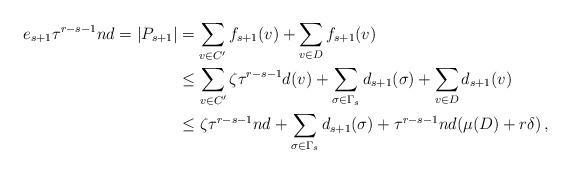
LaTeX: \begin{align*}e_{s+1}\tau^{r-s-1}nd=|P_{s+1}| &=\sum_{v\in C'}f_{s+1}(v)+\sum_{v\in D}f_{s+1}(v)\\&\le \sum_{v\in C'}\zeta\tau^{r-s-1}d(v) + \sum_{\sigma\in \Gamma_s} d_{s+1}(\sigma)+ \sum_{v\in D}d_{s+1}(v) \\&\le \zeta\tau^{r-s-1}nd + \sum_{\sigma\in \Gamma_s} d_{s+1}(\sigma)+ \tau^{r-s-1}nd(\mu(D)+r\delta)\,,\end{align*}